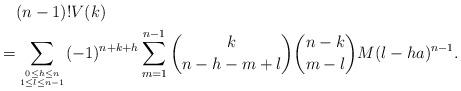
LaTeX: \begin{align*}&(n-1)!V(k)\\ =&\sum_{0\le h\le n\atop1\le l\le n-1}(-1)^{n+k+h} \sum_{m=1}^{n-1} {k\choose n-h-m+l}{n-k \choose m-l}M(l-ha)^{n-1}.\end{align*}